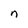
Character: n